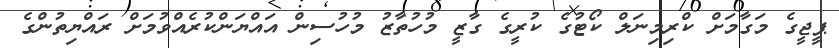
ޕީޖީގެ މަގާމަށް ކްރިމިނަލް ކޯޓުގެ ކުރީގެ ގާޒީ މުހުތާޒު މުހުސިން އައްޔަންކުރެއްވުމަށް ރައްޔިތުންގެ